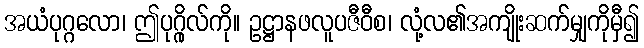
အယံပုဂ္ဂလော၊ ဤပုဂ္ဂိုလ်ကို။ ဥဋ္ဌာနဖလူပဇီဝီစ၊ လုံ့လ၏အကျိုးဆက်မျှကိုမှီ၍